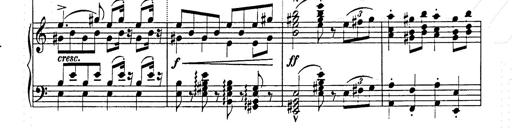
Title: Hungarian Rhapsody No.15
Composer: Franz Liszt
Key: A minor